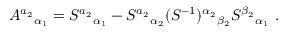
A ^ { a _ { 2 } } { } _ { \alpha _ { 1 } } = S ^ { a _ { 2 } } { } _ { \alpha _ { 1 } } - S ^ { a _ { 2 } } { } _ { \alpha _ { 2 } } ( S ^ { - 1 } ) ^ { \alpha _ { 2 } } { } _ { \beta _ { 2 } } S ^ { \beta _ { 2 } } { } _ { \alpha _ { 1 } } \ .